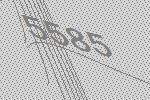
5585